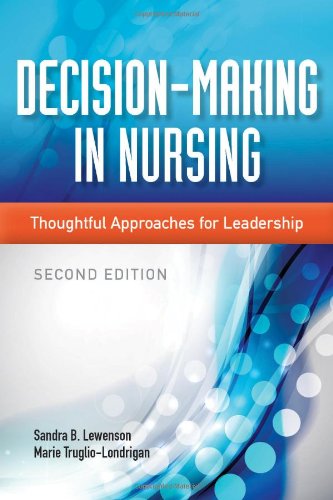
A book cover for Decision-Making In Nursing: Thoughtful Approaches for Leadership; Sandra B. Lewenson; Medical Books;